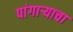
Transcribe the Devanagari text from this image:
पांगाऱ्याचा